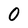
Character: O